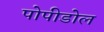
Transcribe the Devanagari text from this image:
पोपीडोल